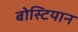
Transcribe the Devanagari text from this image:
बोस्टियान